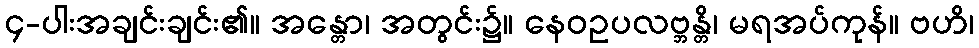
၄-ပါးအချင်းချင်း၏။ အန္တော၊ အတွင်း၌။ နေဝဥပလဗ္ဘန္တိ၊ မရအပ်ကုန်။ ဗဟိ၊